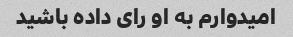
امیدوارم به او رای داده باشید